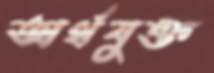
অর্থযুক্ত